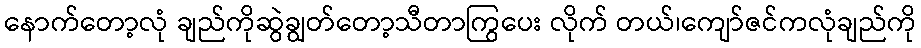
နောက်တော့လုံ ချည်ကိုဆွဲချွတ်တော့သီတာကြွပေး လိုက် တယ်၊ကျော်ဇင်ကလုံချည်ကို